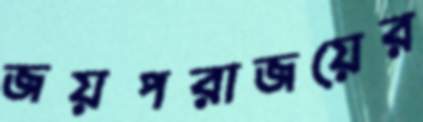
জয়পরাজয়ের